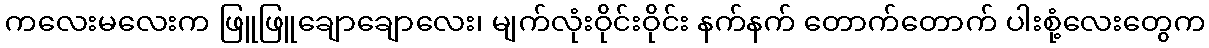
ကလေးမလေးက ဖြူဖြူချောချောလေး၊ မျက်လုံးဝိုင်းဝိုင်း နက်နက် တောက်တောက် ပါးစုံ့လေးတွေက